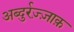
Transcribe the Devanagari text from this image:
अब्दुर्रज़्ज़ाक़